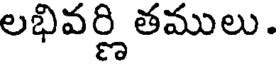
లభివర్ణి తములు .